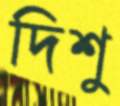
দিশু